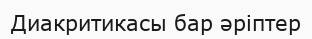
Диакритикасы бар әріптер